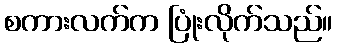
စကားလက်က ပြုံးလိုက်သည်။